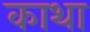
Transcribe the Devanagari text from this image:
काथा